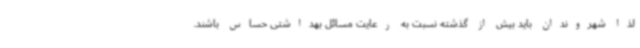
لذا شهروندان باید بیش از گذشته نسبت به رعایت مسائل بهداشتی حساس باشند.